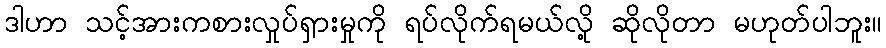
ဒါဟာ သင့်အားကစားလှုပ်ရှားမှုကို ရပ်လိုက်ရမယ်လို့ ဆိုလိုတာ မဟုတ်ပါဘူး။